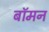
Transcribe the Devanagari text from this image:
बॉमन